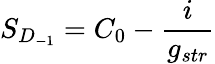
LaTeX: S_{D_{-1}}=C_{0}-{\frac{i}{g_{str}}}